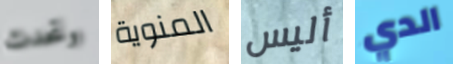
وتحدث المنوية أليس الدي